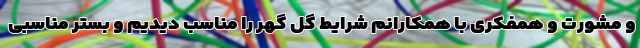
و مشورت و همفکری با همکارانم شرایط گل گهر را مناسب دیدیم و بستر مناسبی